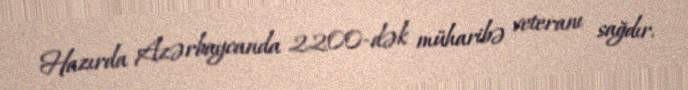
Hazırda Azərbaycanda 2200-dək müharibə veteranı sağdır.